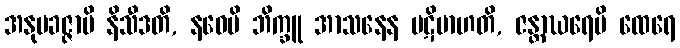
အနုပခဇ္ဇာပိ နိသီဒတိ, နဝေပိ ဘိက္ခူ အာသနေန ပဋိဗာဟတိ, ဇန္တာဃရေပိ ထေရေ